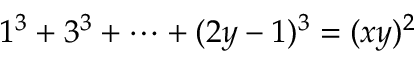
1 ^ { 3 } + 3 ^ { 3 } + \dots + ( 2 y - 1 ) ^ { 3 } = ( x y ) ^ { 2 }